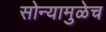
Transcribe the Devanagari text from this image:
सोन्यामुळेच